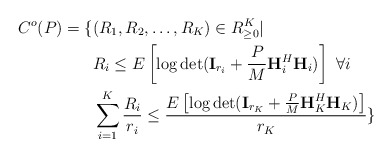
\begin{align*} C^o(P)=\{&(R_1,R_2,\ldots,R_K)\in R_{\geq 0}^K| \\&R_i\leq E\left[\log \det(\textbf{I}_{r_i}+\frac{P}{M}\textbf{H}_i^H\textbf{H}_i)\right]\ \forall i\\&\sum_{i=1}^K\frac{R_i}{r_i}\leq \frac{E\left[\log \det(\textbf{I}_{r_K}+\frac{P}{M}\textbf{H}_K^H\textbf{H}_K)\right]}{r_K}\}\end{align*}